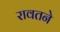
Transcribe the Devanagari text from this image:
रावतने